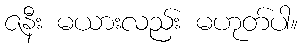
ဇနီး မယားလည်း မဟုတ်ပါ။